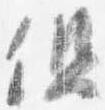
但